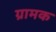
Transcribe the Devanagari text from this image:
ग्रामक